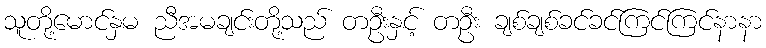
သူတို့မောင်နှမ ညီအမချင်းတို့သည် တဦးနှင့် တဦး ချစ်ချစ်ခင်ခင်ကြင်ကြင်နာနာ